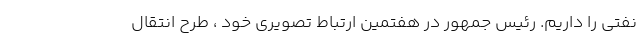
نفتی را داریم. رئیس جمهور در هفتمین ارتباط تصویری خود ، طرح انتقال